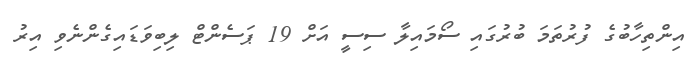
އިންތިހާބުގެ ފުރުތަމަ ބުރުގައި ސޯމައިލާ ސިސީ އަށް 19 ޕަސެންޓް ލިބިވަޑައިގެންނެވި އިރު